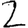
Digit: 2